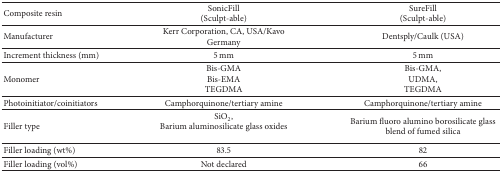
| Composite resin | SonicFill(Sculpt-able) | SureFill(Sculpt-able) |
 | --- | --- | --- |
 | Manufacturer | Kerr Corporation, CA, USA/Kavo Germany | Dentsply/Caulk (USA) |
 | Increment thickness (mm) | 5 mm | 5 mm |
 | Monomer | Bis-GMABis-EMATEGDMA | Bis-GMA,UDMA,TEGDMA |
 | Photoinitiator/coinitiators | Camphorquinone/tertiary amine | Camphorquinone/tertiary amine |
 | Filler type | SiO2,Barium aluminosilicate glass oxides | Barium fluoro alumino borosilicate glass blend of fumed silica |
 | Filler loading (wt%) | 83.5 | 82 |
 | Filler loading (vol%) | Not declared | 66 |